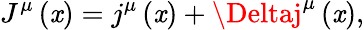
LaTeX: J^{\mu}\left(\mathit{x}\right)=j^{\mu}\left(\mathit{x}\right)+\Deltaj^{\mu}\left(\mathit{x}\right),